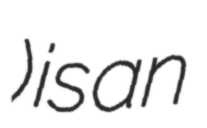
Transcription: Бачатский) is an